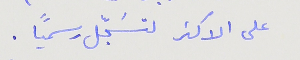
على الاكثر لتسَجّل رسميًا.